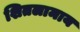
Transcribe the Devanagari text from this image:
शितलामाय